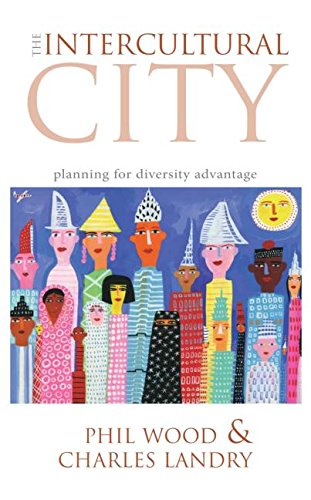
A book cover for The Intercultural City: Planning for Diversity Advantage; Phil Wood; Law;